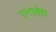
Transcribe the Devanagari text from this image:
एनाबेथ